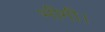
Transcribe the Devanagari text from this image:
भीगी।